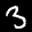
Label: 3